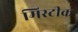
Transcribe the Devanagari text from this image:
मिस्टीक